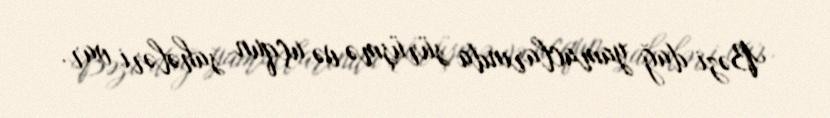
Bəzi dağ yamaclarında sürüşmə və uçqun sahələri var.